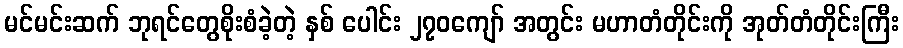
မင်မင်းဆက် ဘုရင်တွေစိုးစံခဲ့တဲ့ နှစ် ပေါင်း ၂၇၀ကျော် အတွင်း မဟာတံတိုင်းကို အုတ်တံတိုင်းကြီး